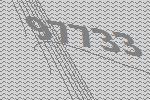
97733